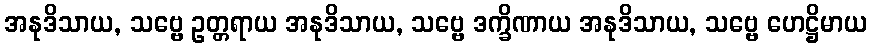
အနုဒိသာယ, သဗ္ဗေ ဥတ္တရာယ အနုဒိသာယ, သဗ္ဗေ ဒက္ခိဏာယ အနုဒိသာယ, သဗ္ဗေ ဟေဋ္ဌိမာယ